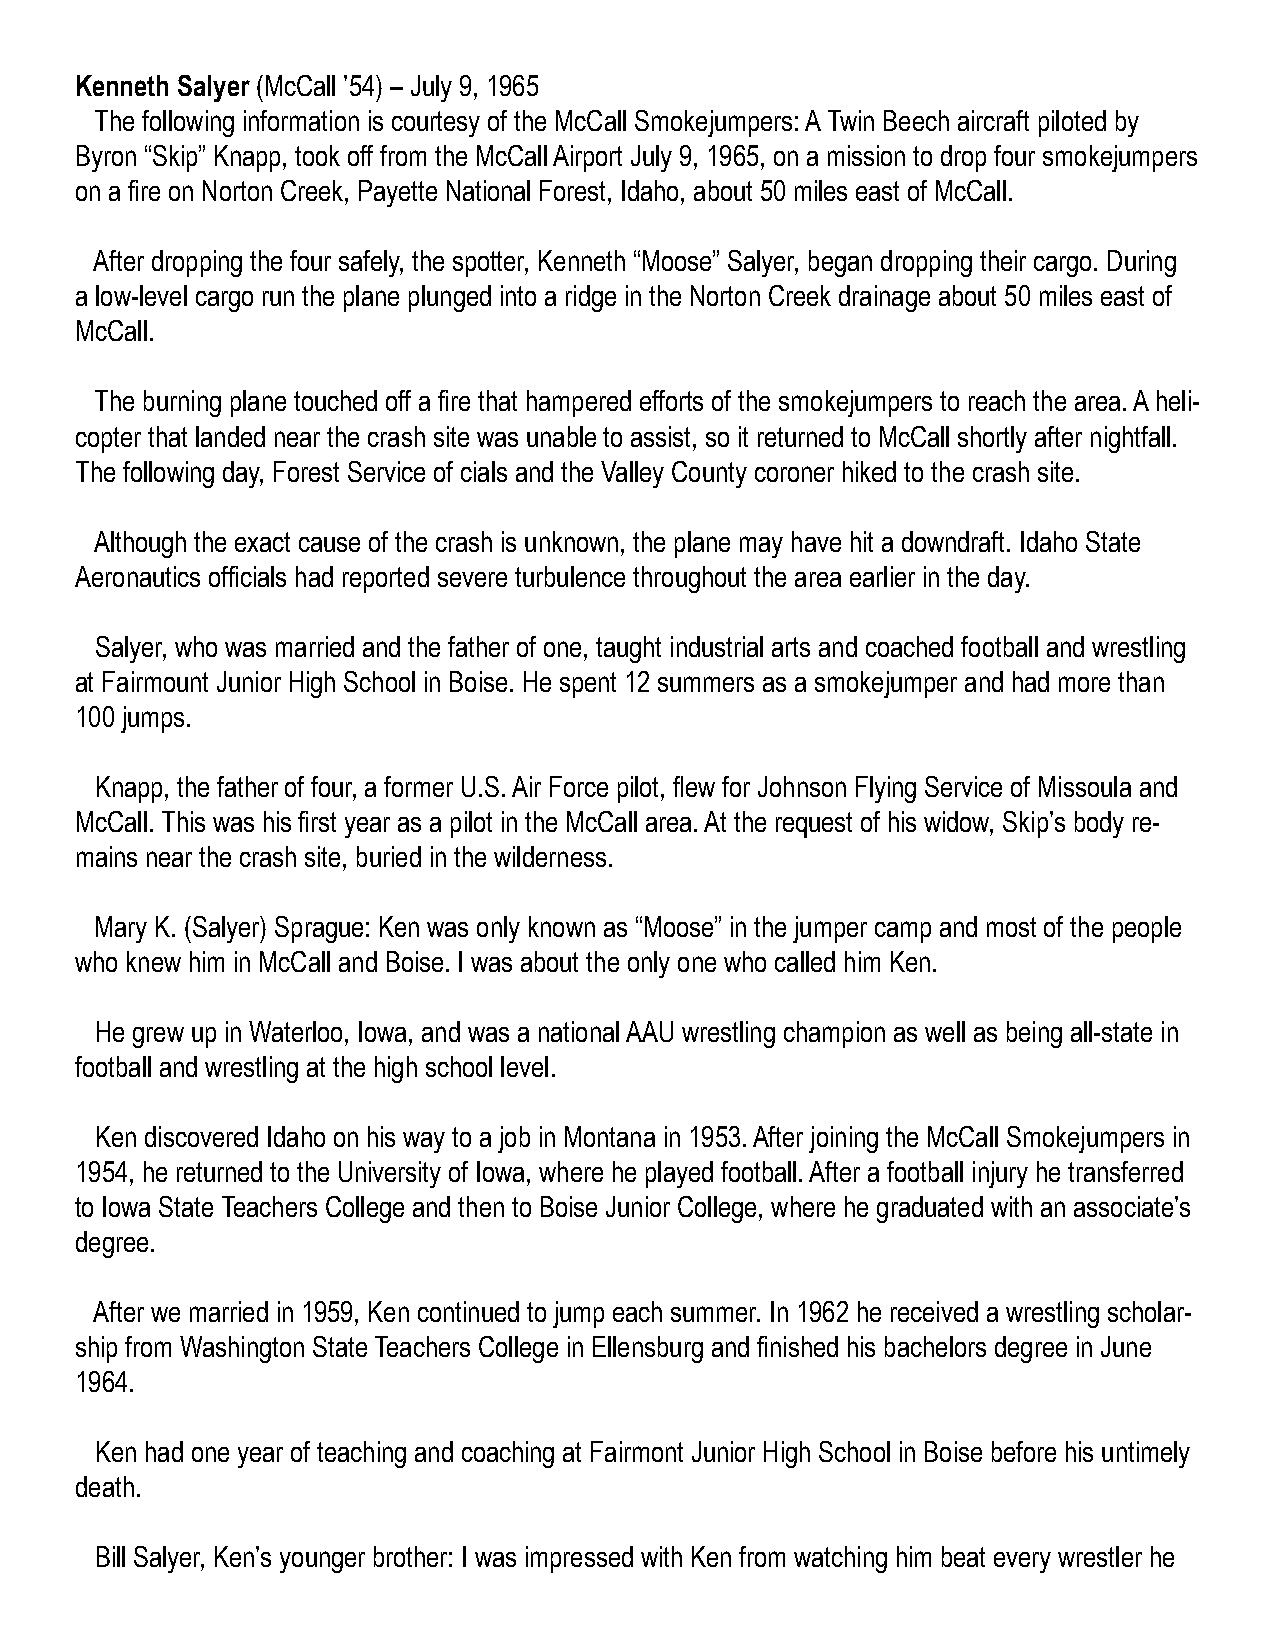
Kenneth Salyer (McCall ’54) – July 9, 1965
 The following information is courtesy of the McCall Smokejumpers: A Twin Beech aircraft piloted by
 Byron “Skip” Knapp, took off from the McCall Airport July 9, 1965, on a mission to drop four smokejumpers
 on a fire on Norton Creek, Payette National Forest, Idaho, about 50 miles east of McCall.
 After dropping the four safely, the spotter, Kenneth “Moose” Salyer, began dropping their cargo. During
 a low-level cargo run the plane plunged into a ridge in the Norton Creek drainage about 50 miles east of
 McCall.
 The burning plane touched off a fire that hampered efforts of the smokejumpers to reach the area. A heli-
 copter that landed near the crash site was unable to assist, so it returned to McCall shortly after nightfall.
 The following day, Forest Service of cials and the Valley County coroner hiked to the crash site.
 Although the exact cause of the crash is unknown, the plane may have hit a downdraft. Idaho State
 Aeronautics officials had reported severe turbulence throughout the area earlier in the day.
 Salyer, who was married and the father of one, taught industrial arts and coached football and wrestling
 at Fairmount Junior High School in Boise. He spent 12 summers as a smokejumper and had more than
 100 jumps.
 Knapp, the father of four, a former U.S. Air Force pilot, flew for Johnson Flying Service of Missoula and
 McCall. This was his first year as a pilot in the McCall area. At the request of his widow, Skip’s body re-
 mains near the crash site, buried in the wilderness.
 Mary K. (Salyer) Sprague: Ken was only known as “Moose” in the jumper camp and most of the people
 who knew him in McCall and Boise. I was about the only one who called him Ken.
 He grew up in Waterloo, Iowa, and was a national AAU wrestling champion as well as being all-state in
 football and wrestling at the high school level.
 Ken discovered Idaho on his way to a job in Montana in 1953. After joining the McCall Smokejumpers in
 1954, he returned to the University of Iowa, where he played football. After a football injury he transferred
 to Iowa State Teachers College and then to Boise Junior College, where he graduated with an associate’s
 degree.
 After we married in 1959, Ken continued to jump each summer. In 1962 he received a wrestling scholar-
 ship from Washington State Teachers College in Ellensburg and finished his bachelors degree in June
 1964.
 Ken had one year of teaching and coaching at Fairmont Junior High School in Boise before his untimely
 death.
 Bill Salyer, Ken’s younger brother: I was impressed with Ken from watching him beat every wrestler he